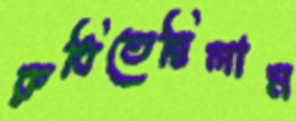
রুধিতেছিলাম